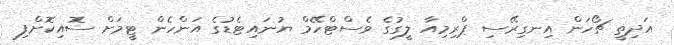
އަދިތީ ޗޯހަން އިނގިރޭސި ޕްރިމިއާ ލީގުގެ ވެސްޓްހޭމް ޔުނައިޓެޑުގެ އަންހެން ޓީމަށް ސޮއިކޮށްފި